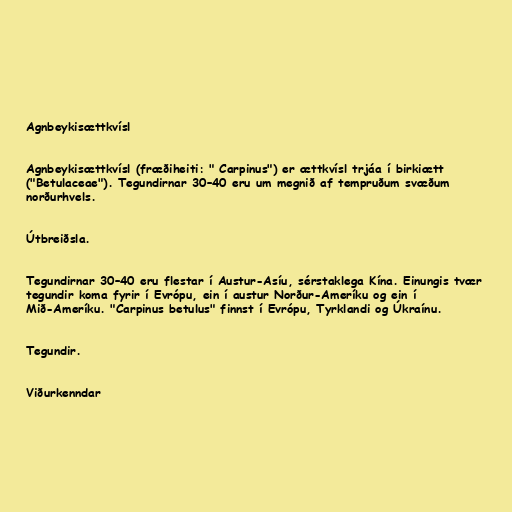
Agnbeykisættkvísl

Agnbeykisættkvísl (fræðiheiti: " Carpinus") er ættkvísl trjáa í birkiætt
("Betulaceae"). Tegundirnar 30–40 eru um megnið af tempruðum svæðum
norðurhvels.

Útbreiðsla.

Tegundirnar 30–40 eru flestar í Austur-Asíu, sérstaklega Kína. Einungis tvær
tegundir koma fyrir í Evrópu, ein í austur Norður-Ameríku og ein í
Mið-Ameríku. "Carpinus betulus" finnst í Evrópu, Tyrklandi og Úkraínu.

Tegundir.

Viðurkenndar